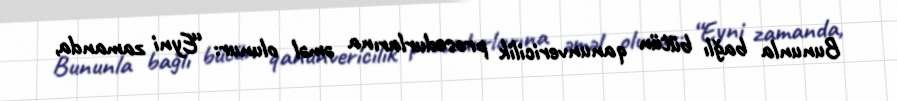
Bununla bağlı bütün qanunvericilik prosedurlarına əməl olunur: “Eyni zamanda,